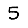
Digit: 5